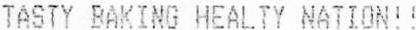
TASTY BAKING HEALTY NATION!!